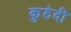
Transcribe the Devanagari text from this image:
कुरुंदी